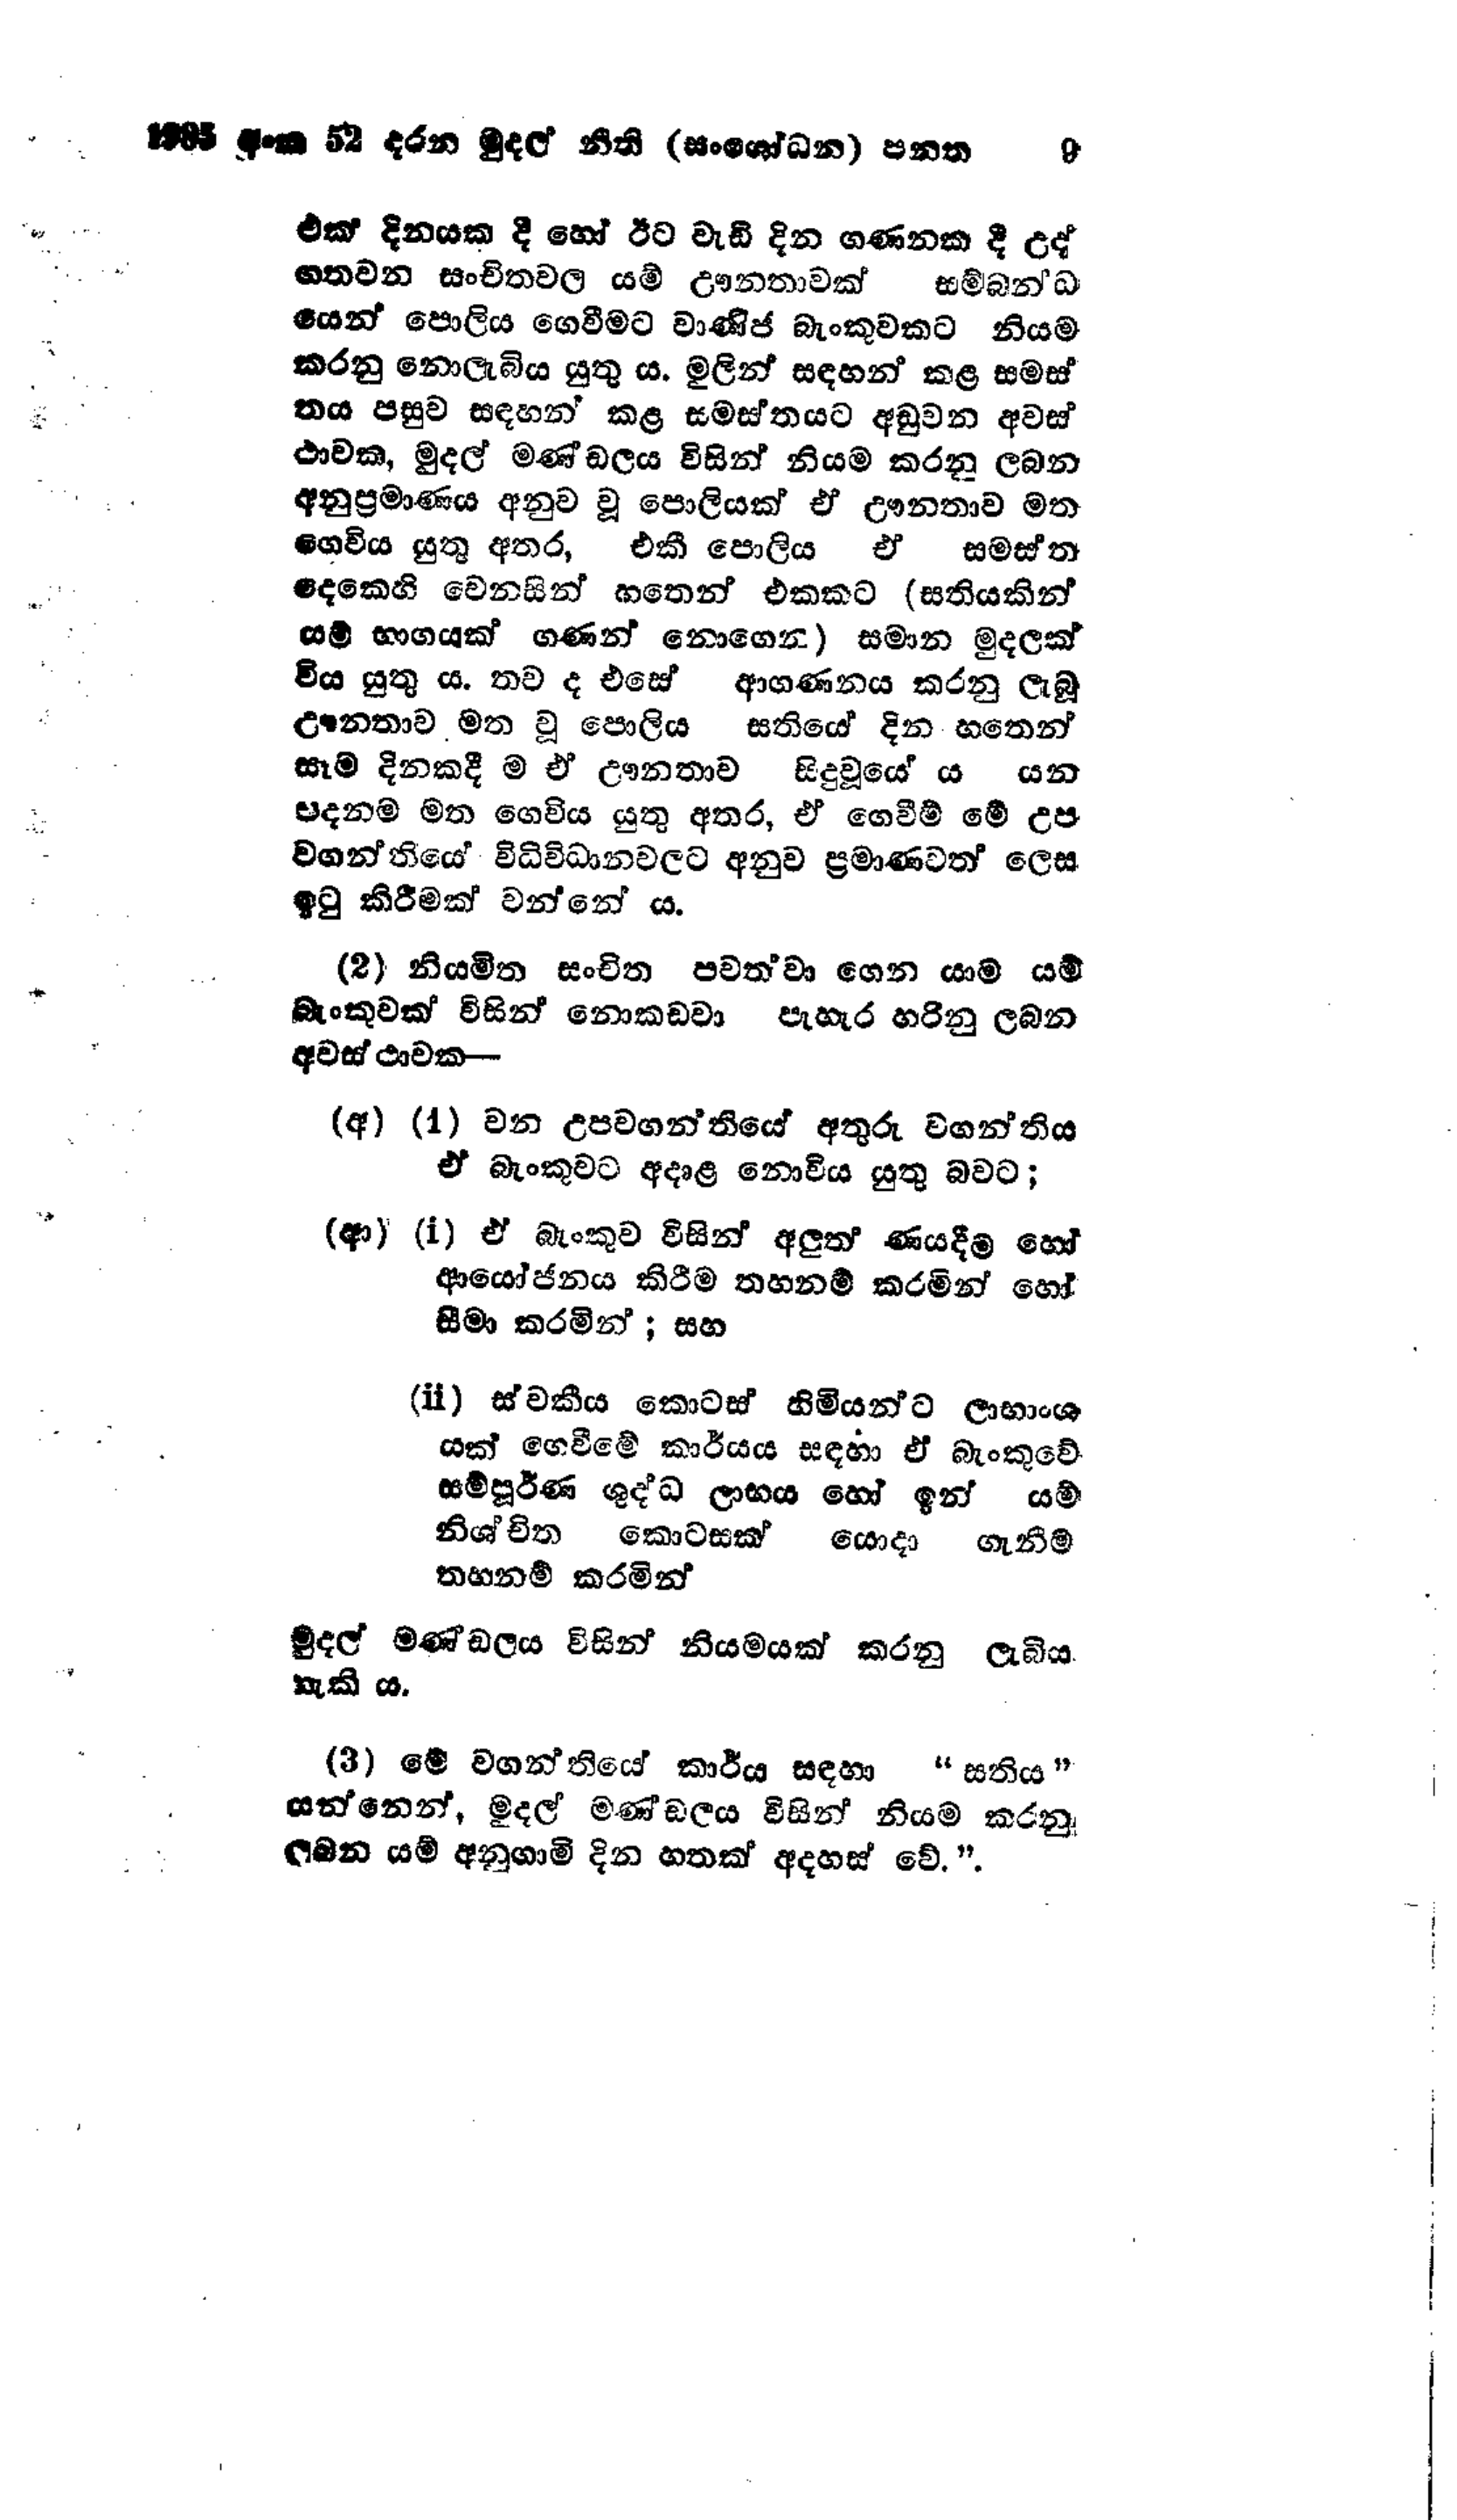
1985 අංක 52 දරන මුදල් නීති (සංශෝධන) පනත  9

එක් දිනයක දී හෝ ඊට වැඩි දින ගණනක දී උද්
ගතවන සංචිතවල යම් ඌනතාවක් සම්බන්ධ
යෙන් පොලිය ගෙවීමට වාණිජ බැංකුවකට නියම
කරනු නොලැබිය යුතු ය. මුලින් සඳහන් කළ සමස්
තය පසුව සඳහන් කළ සමස්තයට අඩුවන අවස්
ථාවක, මුදල් මණ්ඩලය විසින් නියම කරනු ලබන
අනුප්‍රමාණය අනුව වූ පොලියක් ඒ ඌනතාව මත
ගෙවිය යුතු අතර, එකී පොලිය ඒ සමස්ත
දෙකෙහි වෙනසින් හතෙන් එකකට (සතියකින්
යම් භාගයක් ගණන් නොගෙන) සමාන මුදලක්
විය යුතුය. තව ද එසේ ආගණනය කරනු ලැබූ
ඌනතාව මත වූ පොලිය සතියේ දින හතෙන්
සෑම දිනකදීම ඒ ඌනතාව සිදු වූයේ ය යන
පදනම මත ගෙවිය යුතු අතර, ඒ ගෙවීම් මේ උප
වගන්තියේ විධිවිධානවලට අනුව ප්‍රමාණවත් ලෙස
ඉටු කිරීමක් වන්නේ ය.

(2) නියමිත සංචිත පවත්වා ගෙන යාම යම්
බැංකුවක් විසින් නොකඩවා පැහැර හරිනු ලබන
අවස්ථාවක -

(අ) (1) වන උපවගන්තියේ අතුරු වගන්තිය
ඒ බැංකුවට අදාළ නොවිය යුතු බවට;

(ආ) (i) ඒ බැංකුව විසින් අලුත් ණයදීම හෝ
ආයෝජනය කිරීම තහනම් කරමින් හෝ
සීමා කරමින්; සහ

(ii) ස්වකීය කොටස් හිමියන්ට ලාභාංශ
යක් ගෙවීමේ කාර්යය සඳහා ඒ බැංකුවේ
සම්පූර්ණ ශුද්ධ ලාභය හෝ ඉන් යම්
නිශ්චිත කොටසක් යොදා ගැනීම
තහනම් කරමින්

මුදල් මණ්ඩලය විසින් නියමයක් කරනු ලැබිය
හැකි ය.

(3) මේ වගන්තියේ කාර්ය සඳහා "සතිය"
යන්නෙන්, මුදල් මණ්ඩලය විසින් නියම කරනු
ලබන යම් අනුගාමි දින හතක් අදහස් වේ.".